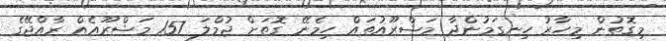
މިގޮތުން މިހާރު ހިނގަމުންދާ މަޝްރޫއުތައް ހިމެނޭ ގޮތަށް ޖުމްލަ 157 މަޝްރޫއެއް ރާއްޖޭގެ